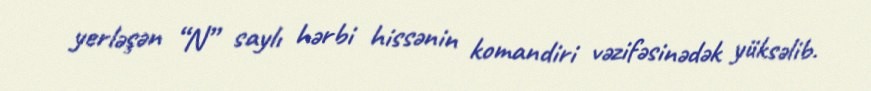
yerləşən “N” saylı hərbi hissənin komandiri vəzifəsinədək yüksəlib.